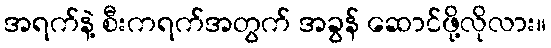
အရက်နဲ့ စီးကရက်အတွက် အခွန် ဆောင်ဖို့လိုလား။